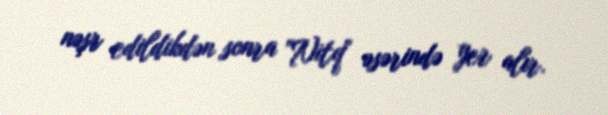
nəşr edildikdən sonra "Nitq" əsərində yer alır.